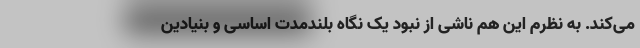
می‌کند. به نظرم این هم ناشی از نبود یک نگاه بلندمدت اساسی و بنیادین